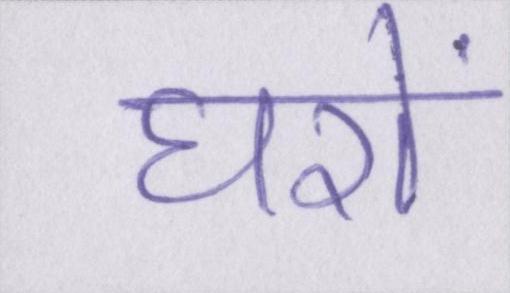
घरों